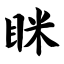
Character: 眯